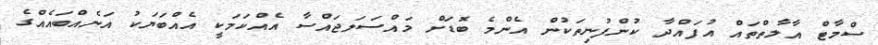
ސްމާޓް އާލާތްތައް އުފައްދާ ކުންފުނިތަކުން އެންމެ ބޮޑަށް މައްސަލަޖައްސާ އެއްކަމަކީ އެއްބަޔަކު އަނެއްބައެއްގެ